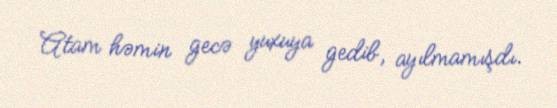
Atam həmin gecə yuxuya gedib, ayılmamışdı.